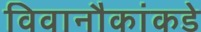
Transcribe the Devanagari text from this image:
विवानौकांकडे